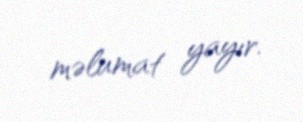
məlumat yayır.